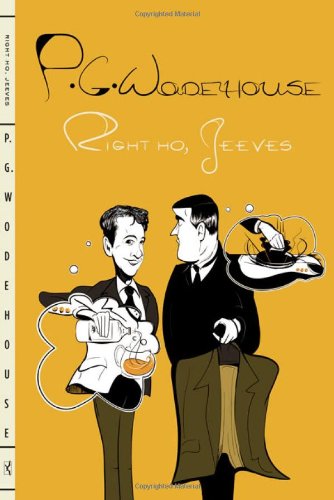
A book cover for Right Ho, Jeeves; P. G. Wodehouse; Literature & Fiction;